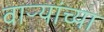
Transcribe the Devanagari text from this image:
वाऱ्यांच्या